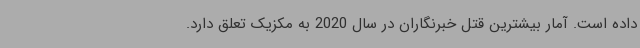
داده است. آمار بیشترین قتل خبرنگاران در سال 2020 به مکزیک تعلق دارد.